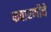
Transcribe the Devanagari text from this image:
फवारणीचे